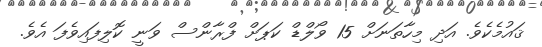
ޤައުމެކެވެ. އަދި މިހާތަނަށް 15 ވޯލްޑް ކަޕަށް ފްރާންސް ވަނީ ކޮލިފައިވެފަ އެވެ.